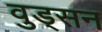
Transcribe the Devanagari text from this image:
वुड्सन